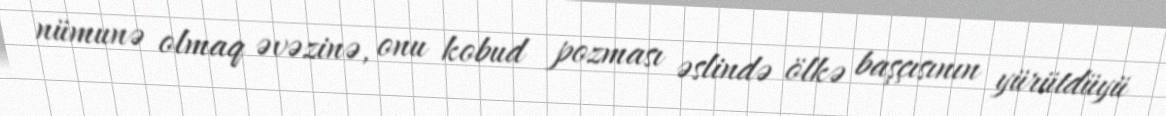
nümunə olmaq əvəzinə, onu kobud pozması əslində ölkə başçısının yürütdüyü